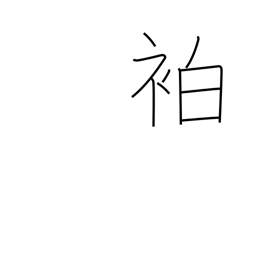
Meaning: warrior's headband